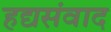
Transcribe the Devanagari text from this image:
हद्यसंवाद